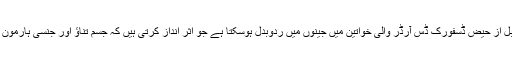
تحقیق سے پتہ چلتا ہے کہ قبل از حیض ڈسفورک ڈس آرڈر والی خواتین میں جینوں میں ردوبدل ہوسکتا ہے جو اثر انداز کرتی ہیں کہ جسم تناؤ اور جنسی ہارمون کو کیسے پروسس کرتا ہے۔